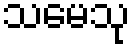
သမေသု